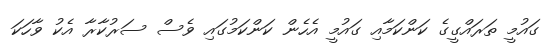
ގައުމީ ތަރައްގީގެ ކަންކަމާއި ގައުމީ އެހެން ކަންކަމުުގައި ވެސް ސަރުކާރާ އެކު ވާހަކަ